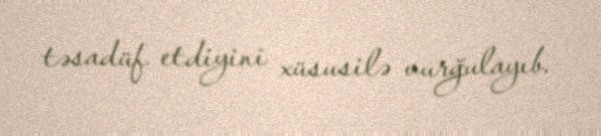
təsadüf etdiyini xüsusilə vurğulayıb.